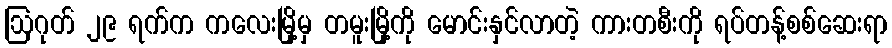
ဩဂုတ် ၂၉ ရက်က ကလေးမြို့မှ တမူးမြို့ကို မောင်းနှင်လာတဲ့ ကားတစီးကို ရပ်တန့်စစ်ဆေးရာ